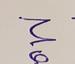
Signature authenticity: forged